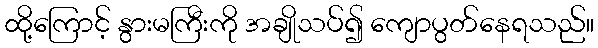
ထို့ကြောင့် နွားမကြီးကို အချိုသပ်၍ ကျောပွတ်နေရသည်။